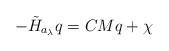
LaTeX: \begin{align*}- \tilde H_{a_\lambda} q = CM q + \chi\end{align*}